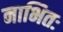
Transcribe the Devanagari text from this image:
नाभितः